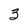
Character: 3